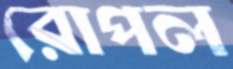
রোপল